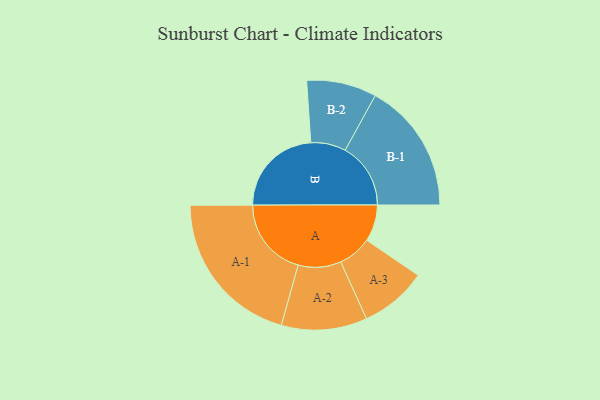
{"axis": {"x": "Segment", "y": "Value"}, "legend": ["", "A", "B"], "data": [{"x": "A", "y": 131, "type": ""}, {"x": "B", "y": 330, "type": ""}, {"x": "A-1", "y": 284, "type": "A"}, {"x": "A-2", "y": 153, "type": "A"}, {"x": "A-3", "y": 120, "type": "A"}, {"x": "B-1", "y": 234, "type": "B"}, {"x": "B-2", "y": 125, "type": "B"}]}